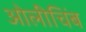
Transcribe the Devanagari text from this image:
ओलीचिंब